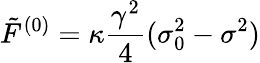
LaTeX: \tilde{F}^{(0)}=\kappa\frac{\gamma^{2}}{4}(\sigma_{0}^{2}-\sigma^{2})